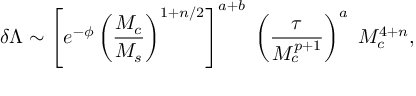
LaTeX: \delta \Lambda \sim \left[ e ^ { - \phi } \left( { \frac { M _ { c } } { M _ { s } } } \right) ^ { 1 + n / 2 } \right] ^ { a + b } \; \left( { \frac { \tau } { M _ { c } ^ { p + 1 } } } \right) ^ { a } \; M _ { c } ^ { 4 + n } ,